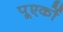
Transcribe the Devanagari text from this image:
पूएर्को